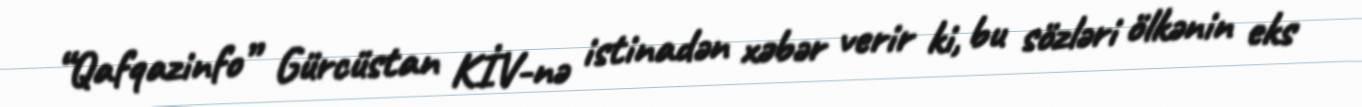
“Qafqazinfo” Gürcüstan KİV-nə istinadən xəbər verir ki, bu sözləri ölkənin eks